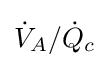
{\dot {V}}_{A}/{\dot {Q}}_{c}